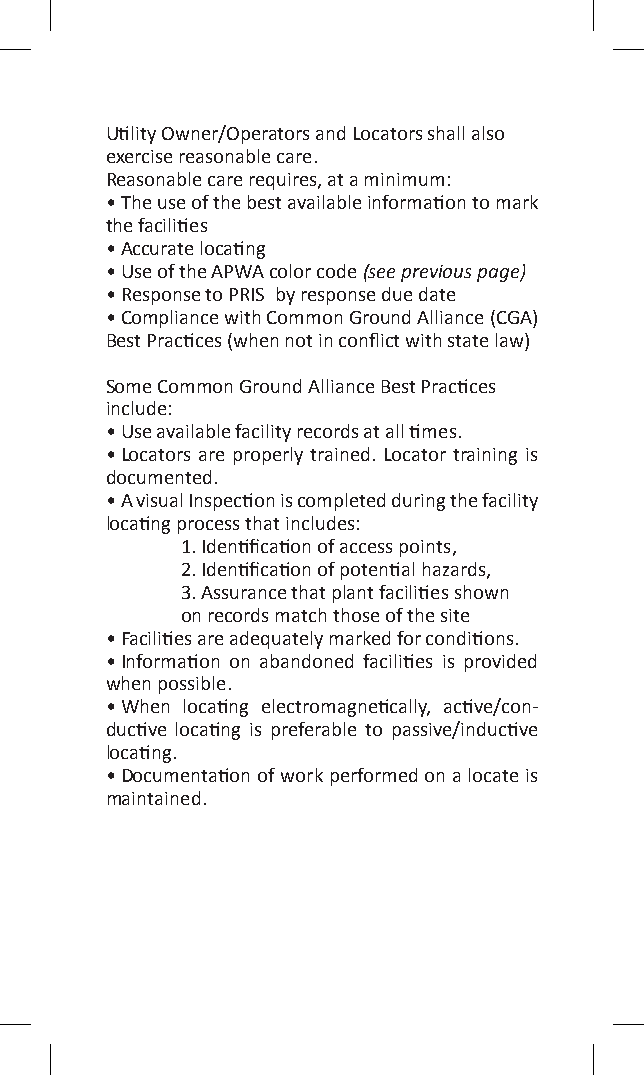
Utility Owner/Operators and Locators shall also
 exercise reasonable care.
 Reasonable care requires, at a minimum:
 • The use of the best available information to mark
 the facilities
 • Accurate locating
 • Use of the APWA color code (see previous page)
 • Response to PRIS by response due date
 • Compliance with Common Ground Alliance (CGA)
 Best Practices (when not in conflict with state law)
 Some Common Ground Alliance Best Practices
 include:
 • Use available facility records at all times.
 • Locators are properly trained. Locator training is
 documented.
 • A visual Inspection is completed during the facility
 locating process that includes:
 1. Identification of access points,
 2. Identification of potential hazards,
 3. Assurance that plant facilities shown
 on records match those of the site
 • Facilities are adequately marked for conditions.
 • Information on abandoned facilities is provided
 when possible.
 • When locating electromagnetically, active/con-
 ductive locating is preferable to passive/inductive
 locating.
 • Documentation of work performed on a locate is
 maintained.